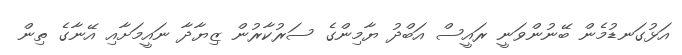
އަޅުގަނޑުމެން ބޭނުންވަނީ ރައީސް އަބްދު ޔާމިންގެ ސަރުކާރުން ޒިޔާދާ ނައީމަށާއި އޭނާގެ ތިން